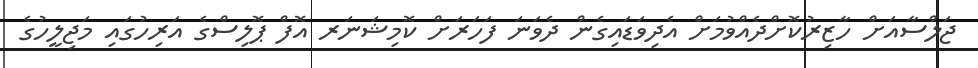
ޖަލްސާއަށް ހާޒިރުކޮށްދެއްވުމަށް އެދިވަޑައިގެން ދެވަނަ ފަހަރަށް ކޮމިޝަނަރ އޮފް ޕޮލިސްގެ އަރިހުގައި މަޖިލީހުގެ